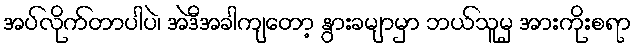
အပ်လိုက်တာပါပဲ၊ အဲဒီအခါကျတော့ နွားခမျာမှာ ဘယ်သူမှ အားကိုးစရာ